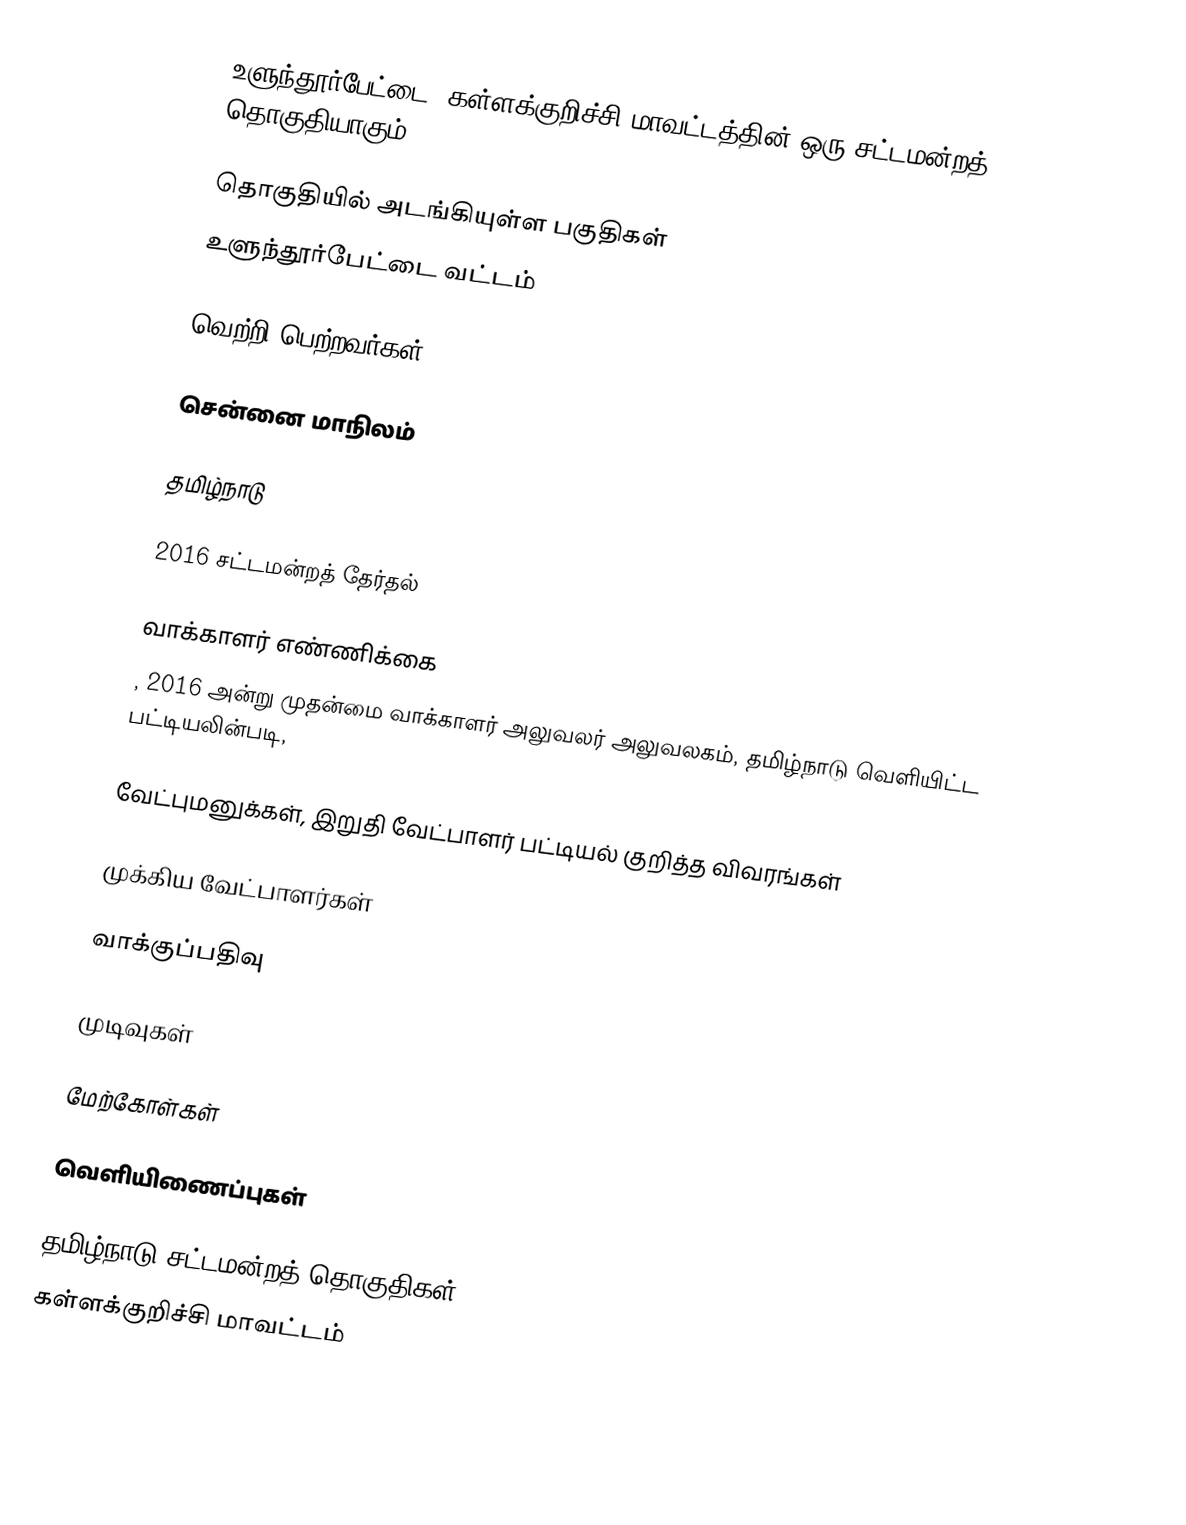
உளுந்தூர்பேட்டை, கள்ளக்குறிச்சி மாவட்டத்தின் ஒரு சட்டமன்றத் தொகுதியாகும்.

தொகுதியில் அடங்கியுள்ள பகுதிகள்
உளுந்தூர்பேட்டை வட்டம்

வெற்றி பெற்றவர்கள்

சென்னை மாநிலம்

தமிழ்நாடு

2016 சட்டமன்றத் தேர்தல்

வாக்காளர் எண்ணிக்கை
, 2016 அன்று முதன்மை வாக்காளர் அலுவலர் அலுவலகம், தமிழ்நாடு வெளியிட்ட பட்டியலின்படி,

வேட்புமனுக்கள், இறுதி வேட்பாளர் பட்டியல் குறித்த விவரங்கள்

முக்கிய வேட்பாளர்கள்

வாக்குப்பதிவு

முடிவுகள்

மேற்கோள்கள்

வெளியிணைப்புகள்

தமிழ்நாடு சட்டமன்றத் தொகுதிகள்
கள்ளக்குறிச்சி மாவட்டம்